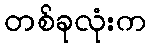
တစ်ခုလုံးက